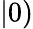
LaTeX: |0)